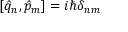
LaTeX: [ \hat { q } _ { n } , \hat { p } _ { m } ] = i \hbar \delta _ { n m }